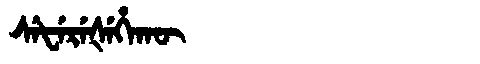
Manchu: ᠰᡝᡶᡝᡵᡝᡧᡝᡥᠠᡴᡡ
Romanization: SEFEREŠEHAKŪ